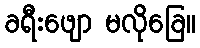
ခရီးဖျော မလိုခြေ။